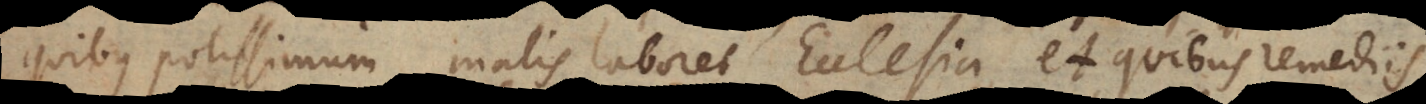
quibus potissimum malis laboret Ecclesia, et quibus remediis